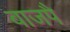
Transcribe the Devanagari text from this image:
बाजपै